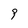
Character: 9